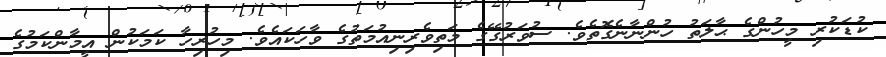
ކުޑަކުރި މީހުންގެ ޙާލަތު ހުންނާނެގޮތެވެ. ސުވަރުގޭގެ މަތިވެރިނިއުމަތުގެ ވާހަކައެވެ. މިހުރިހާ ކަމަކުން އީމާންކަމުގެ